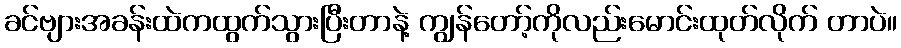
ခင်ဗျားအခန်းထဲကထွက်သွားပြီးတာနဲ့ ကျွန်တော့်ကိုလည်းမောင်းထုတ်လိုက် တာပဲ။